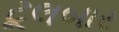
ટૂલબાર